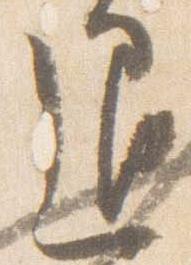
退